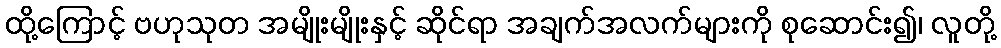
ထို့ကြောင့် ဗဟုသုတ အမျိုးမျိုးနှင့် ဆိုင်ရာ အချက်အလက်များကို စုဆောင်း၍၊ လူတို့